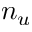
n _ { u }